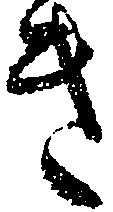
き